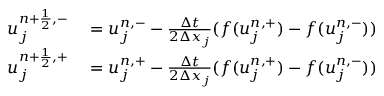
\begin{array} { r l } { u _ { j } ^ { { n + \frac { 1 } { 2 } } , - } } & { { } = u _ { j } ^ { n , - } - \frac { \Delta t } { 2 \Delta x _ { j } } ( f ( u _ { j } ^ { n , + } ) - f ( u _ { j } ^ { n , - } ) ) } \\ { u _ { j } ^ { { n + \frac { 1 } { 2 } } , + } } & { { } = u _ { j } ^ { n , + } - \frac { \Delta t } { 2 \Delta x _ { j } } ( f ( u _ { j } ^ { n , + } ) - f ( u _ { j } ^ { n , - } ) ) } \end{array}